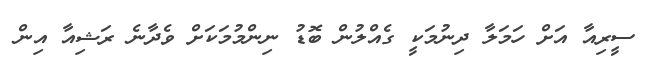
ސީރިއާ އަށް ހަމަލާ ދިނުމަކީ ގެއްލުން ބޮޑު ނިންމުމަކަށް ވެދާނެ ރަޝިއާ އިން